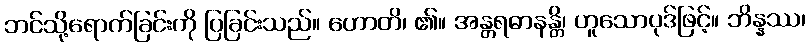
ဘင်သို့ရောက်ခြင်းကို ပြခြင်းသည်။ ဟောတိ၊ ၏။ အန္တရဓာနန္တိ၊ ဟူသောပုဒ်ဖြင့်။ ဘိန္နဿ၊